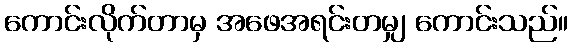
ကောင်းလိုက်တာမှ အဖေအရင်းတမျှ ကောင်းသည်။